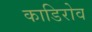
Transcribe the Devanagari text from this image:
काडिरोव